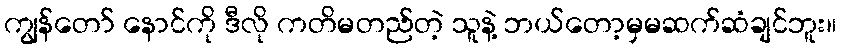
ကျွန်တော် နောင်ကို ဒီလို ကတိမတည်တဲ့ သူနဲ့ ဘယ်တော့မှမဆက်ဆံချင်ဘူး။